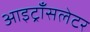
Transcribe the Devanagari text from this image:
आइट्राँसलेटर